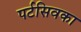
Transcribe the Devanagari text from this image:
पर्टसिवका